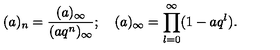
( a ) _ { n } = \frac { ( a ) _ { \infty } } { ( a q ^ { n } ) _ { \infty } } ; \quad ( a ) _ { \infty } = \prod _ { l = 0 } ^ { \infty } ( 1 - a q ^ { l } ) .